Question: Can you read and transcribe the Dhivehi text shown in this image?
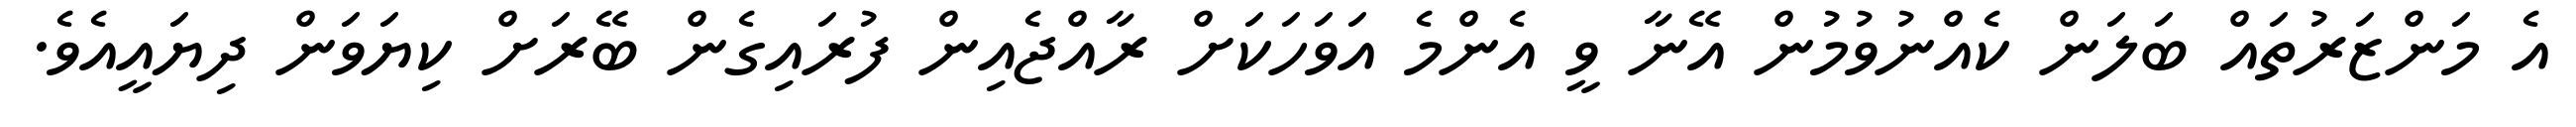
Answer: އެ މަންޒަރުތައް ބަލަން ކެއްނުވުމުން އޭނާ ވީ އެންމެ އަވަހަކަށް ރާއްޖެއިން ފުރައިގެން ބޭރަށް ކިޔަވަން ދިޔައީއެވެ.